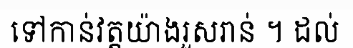
ទៅកាន់វត្តយ៉ាងរួសរាន់ ។ ដល់